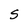
Character: S